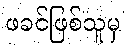
ဖခင်ဖြစ်သူမှ